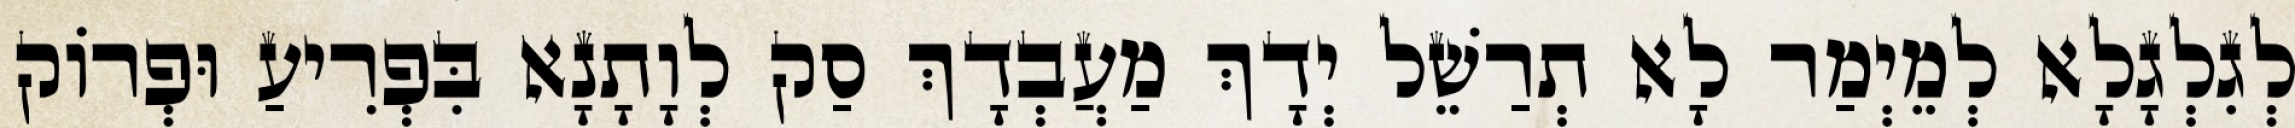
לְגִלְגָלָא לְמֵיְמַר לָא תְרַשֵׁל יְדָךְ מַעֲבְדָךְ סַק לְוָתָנָא בִּפְרִיעַ וּפְרוֹק